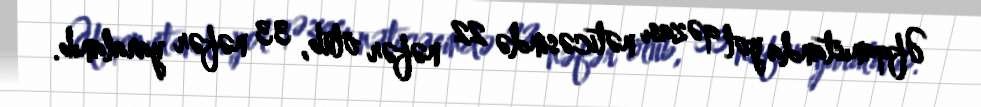
Əfqanıstanda yol qəzası nəticəsində 22 nəfər ölüb, 33 nəfər yaralanıb.